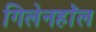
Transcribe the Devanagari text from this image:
गिलेनहाॅल